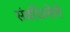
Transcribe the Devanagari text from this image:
संबंधिलेले